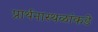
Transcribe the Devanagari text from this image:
प्रार्थनास्थळांकडे